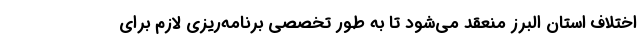
اختلاف استان البرز منعقد می‌شود تا به طور تخصصی برنامه‌ریزی لازم برای